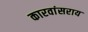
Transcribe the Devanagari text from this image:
कारवांसराय